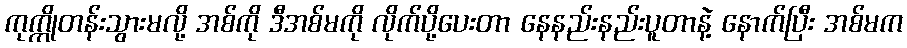
ကုက္ကိုတန်းသွားမလို့ အစ်ကို ဒီအစ်မကို လိုက်ပို့ပေးတာ နေနည်းနည်းပူတာနဲ့ နောက်ပြီး အစ်မက